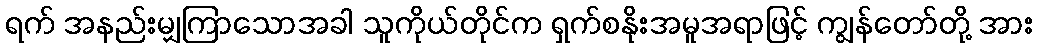
ရက် အနည်းမျှကြာသောအခါ သူကိုယ်တိုင်က ရှက်စနိုးအမူအရာဖြင့် ကျွန်တော်တို့ အား